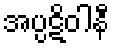
အပ္ပဋိဝါနီ